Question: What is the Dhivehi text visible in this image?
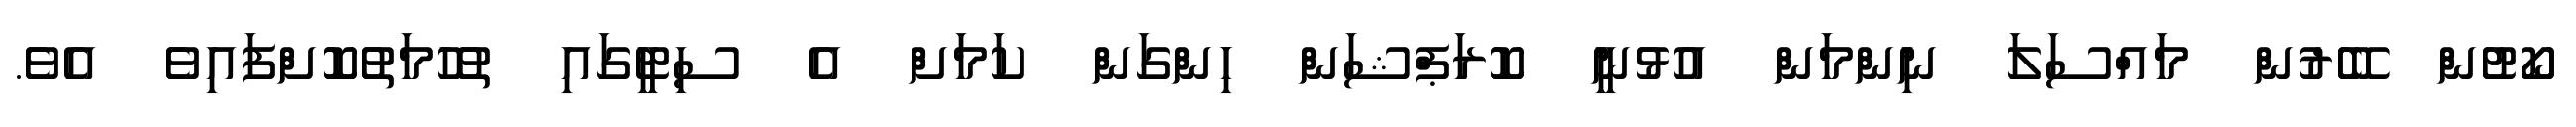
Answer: ކޯޓުން ބޭރުން މައްސަލަ ނިންމަން އުޅުނީ ކޮރަޕްޝަން ހިންގަން ކަމަށް އެ ސިޓީގައި ތުހުމަތުކޮށްފައިވެ އެވެ.